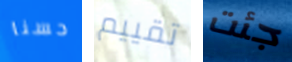
حسنا تقييم جئت